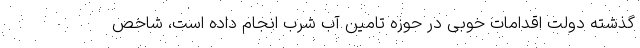
گذشته دولت اقدامات خوبی در حوزه تامین آب شرب انجام داده است، شاخص